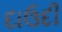
દાઉદી